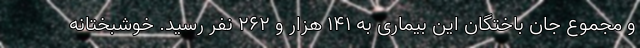
و مجموع جان باختگان این بیماری به ۱۴۱ هزار و ۲۶۲ نفر رسید. خوشبختانه